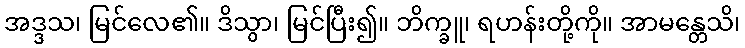
အဒ္ဒသ၊ မြင်လေ၏။ ဒိသွာ၊ မြင်ပြီး၍။ ဘိက္ခူ၊ ရဟန်းတို့ကို။ အာမန္တေသိ၊